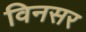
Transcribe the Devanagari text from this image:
विनसर